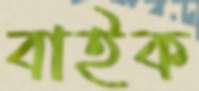
বাইক